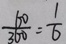
\frac { 6 0 } { 3 6 0 } = \frac { 1 } { 6 }